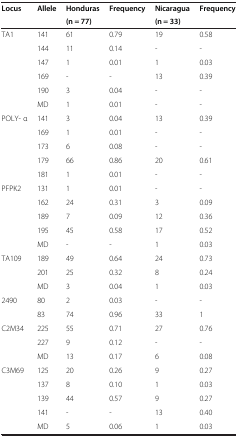
| Locus | Allele | Honduras | Frequency | Nicaragua | Frequency |
 |  |  | (n = 77) |  | (n = 33) |  |
 | --- | --- | --- | --- | --- | --- |
 | TA1 | 141 | 61 | 0.79 | 19 | 0.58 |
 |  | 144 | 11 | 0.14 | - | - |
 |  | 147 | 1 | 0.01 | 1 | 0.03 |
 |  | 169 | - | - | 13 | 0.39 |
 |  | 190 | 3 | 0.04 | - | - |
 |  | MD | 1 | 0.01 | - | - |
 | POLY- α | 141 | 3 | 0.04 | 13 | 0.39 |
 |  | 169 | 1 | 0.01 | - | - |
 |  | 173 | 6 | 0.08 | - | - |
 |  | 179 | 66 | 0.86 | 20 | 0.61 |
 |  | 181 | 1 | 0.01 | - | - |
 | PFPK2 | 131 | 1 | 0.01 | - | - |
 |  | 162 | 24 | 0.31 | 3 | 0.09 |
 |  | 189 | 7 | 0.09 | 12 | 0.36 |
 |  | 195 | 45 | 0.58 | 17 | 0.52 |
 |  | MD | - | - | 1 | 0.03 |
 | TA109 | 189 | 49 | 0.64 | 24 | 0.73 |
 |  | 201 | 25 | 0.32 | 8 | 0.24 |
 |  | MD | 3 | 0.04 | 1 | 0.03 |
 | 2490 | 80 | 2 | 0.03 | - | - |
 |  | 83 | 74 | 0.96 | 33 | 1 |
 | <ROWSPAN=2> C2M34 | 225 | 55 | 0.71 | 27 | 0.76 |
 | 227 | 9 | 0.12 | - | - |
 |  | MD | 13 | 0.17 | 6 | 0.08 |
 | C3M69 | 125 | 20 | 0.26 | 9 | 0.27 |
 |  | 137 | 8 | 0.10 | 1 | 0.03 |
 |  | 139 | 44 | 0.57 | 9 | 0.27 |
 |  | 141 | - | - | 13 | 0.40 |
 |  | MD | 5 | 0.06 | 1 | 0.03 |